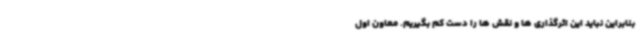
بنابراین نباید این اثرگذاری ها و نقش ها را دست کم بگیریم. معاون اول